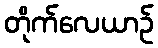
တိုက်လေယာဉ်